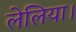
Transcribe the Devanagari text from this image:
लेलिया।